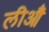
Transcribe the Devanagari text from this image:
लीऔं